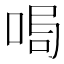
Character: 𠴁